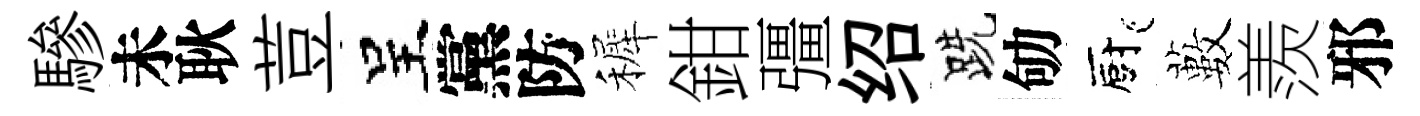
驂未耿荳呈黨防裤鉗彊绍跣劬廚藪羨邪